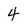
Character: 4